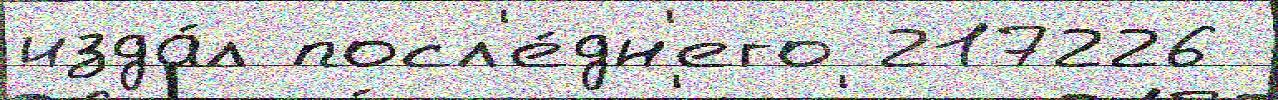
изда́л посл'е́дн'его 217226